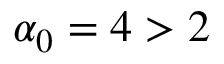
\alpha _ { 0 } = 4 > 2